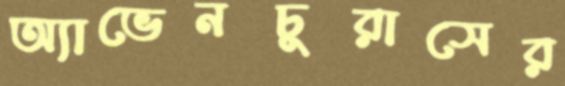
অ্যাভেনচুরাসের